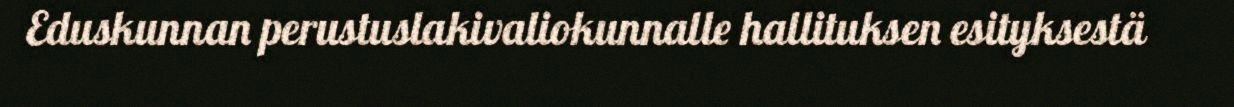
Eduskunnan perustuslakivaliokunnalle hallituksen esityksestä